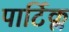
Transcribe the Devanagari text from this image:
पार्टिक्ल